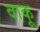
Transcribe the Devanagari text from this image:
वाकू